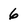
Character: 6